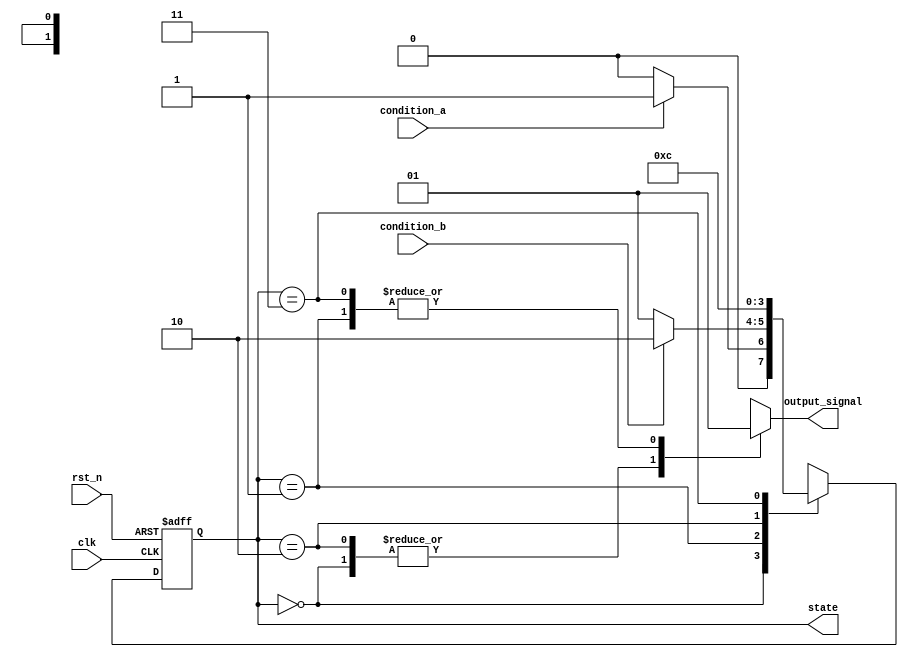
module moore_state_machine (
    input wire clk,                // Clock signal
    input wire rst_n,              // Asynchronous active-low reset
    input wire condition_a,        // Input condition for state transitions
    input wire condition_b,        // Input condition for state transitions
    output reg [1:0] state,        // Current state output
    output reg output_signal       // Output signal based on current state
);

// State Encoding
localparam STATE_0 = 2'b00;      // State 0
localparam STATE_1 = 2'b01;      // State 1
localparam STATE_2 = 2'b10;      // State 2
localparam STATE_3 = 2'b11;      // State 3

// State Transition Logic
always @(posedge clk or negedge rst_n) begin
    if (!rst_n) begin
        state <= STATE_0;          // Asynchronous reset to State 0
    end else begin
        case (state)
            STATE_0: begin
                if (condition_a) begin
                    state <= STATE_1; // Transition to State 1
                end else begin
                    state <= STATE_0; // Stay in State 0
                end
            end
            STATE_1: begin
                if (condition_b) begin
                    state <= STATE_2; // Transition to State 2
                end else begin
                    state <= STATE_1; // Stay in State 1
                end
            end
            STATE_2: begin
                state <= STATE_3;      // Transition to State 3
            end
            STATE_3: begin
                state <= STATE_0;      // Transition back to State 0
            end
            default: begin
                state <= STATE_0;      // Default state
            end
        endcase
    end
end

// Output Logic
always @(*) begin
    case (state)
        STATE_0: output_signal = 1'b0; // Output for State 0
        STATE_1: output_signal = 1'b1; // Output for State 1
        STATE_2: output_signal = 1'b0; // Output for State 2
        STATE_3: output_signal = 1'b1; // Output for State 3
        default: output_signal = 1'b0;  // Default output
    endcase
end

endmodule